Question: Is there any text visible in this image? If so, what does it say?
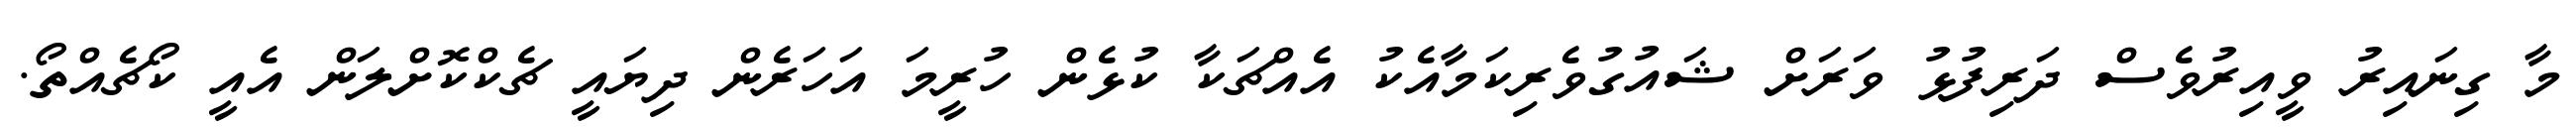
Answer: މާ ގިނައިރު ވީއިރުވެސް ދަރިފުޅު ވަރަށް ޝައުގުވެރިކަމާއެކު އެއްޗަކާ ކުޅެން ހުރީމަ އަހަރެން ދިޔައީ ޗެކްކޮށްލަން އެއީ ކޯޗެއްތޯ.